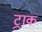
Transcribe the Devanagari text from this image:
ट्राक